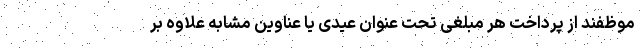
موظفند از پرداخت هر مبلغی تحت عنوان عیدی یا عناوین مشابه علاوه بر